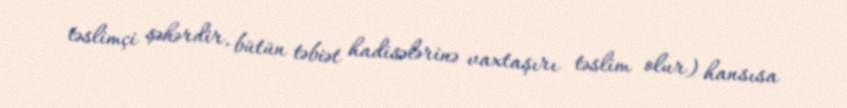
təslimçi şəhərdir, bütün təbiət hadisələrinə vaxtaşırı təslim olur) hansısa